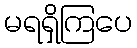
မရရှိကြပေ